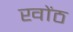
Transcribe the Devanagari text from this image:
खोंठ